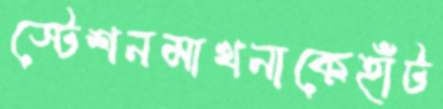
স্টেশনমাখনাকেহাঁট